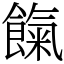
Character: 餼